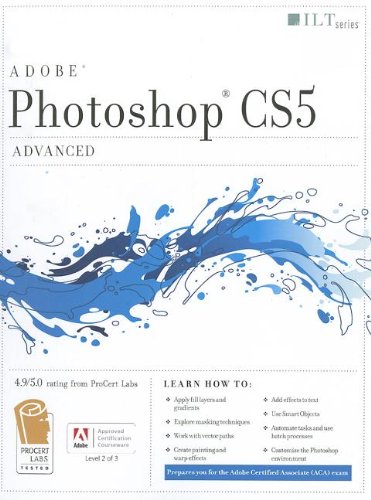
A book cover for Photoshop Cs5: Advanced, Aca Edition + Certblaster (ILT); Computers & Technology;